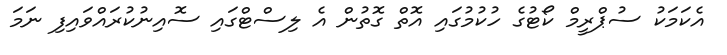
އެކަމަކު ސުޕްރީމް ކޯޓުގެ ހުކުމުގައި އޮތް ގޮތުން އެ ލިސްޓްގައި ސޮއިނުކުރައްވައިފި ނަމަ